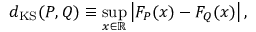
d _ { \mathrm { K S } } ( P , Q ) \equiv \operatorname* { s u p } _ { x \in \mathbb { R } } \left| F _ { P } ( x ) - F _ { Q } ( x ) \right| ,